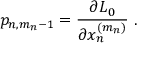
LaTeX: p _ { n , m _ { n } - 1 } = \frac { \partial L _ { 0 } } { \partial x _ { n } ^ { ( m _ { n } ) } } \ .